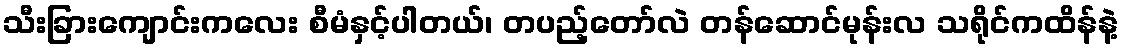
သီးခြားကျောင်းကလေး စီမံနှင့်ပါတယ်၊ တပည့်တော်လဲ တန်ဆောင်မုန်းလ သရိုင်ကထိန်နဲ့